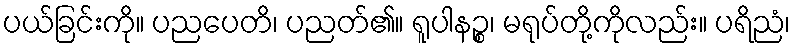
ပယ်ခြင်းကို။ ပညပေတိ၊ ပညတ်၏။ ရူပါနဉ္စ၊ မရုပ်တို့ကိုလည်း။ ပရိညံ၊